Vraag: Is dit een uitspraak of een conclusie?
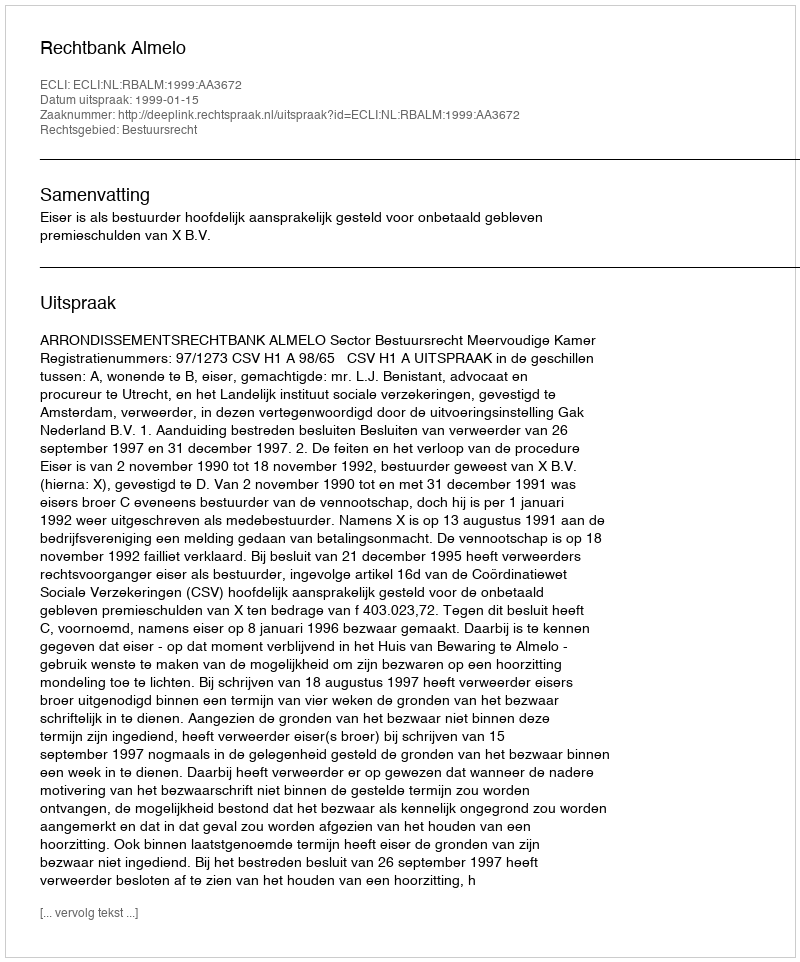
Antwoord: Uitspraak